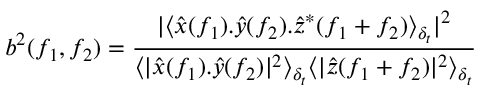
b ^ { 2 } ( f _ { 1 } , f _ { 2 } ) = \frac { | \langle \hat { x } ( f _ { 1 } ) . \hat { y } ( f _ { 2 } ) . \hat { z } ^ { * } ( f _ { 1 } + f _ { 2 } ) \rangle _ { \delta _ { t } } | ^ { 2 } } { \langle | \hat { x } ( f _ { 1 } ) . \hat { y } ( f _ { 2 } ) | ^ { 2 } \rangle _ { \delta _ { t } } \langle | \hat { z } ( f _ { 1 } + f _ { 2 } ) | ^ { 2 } \rangle _ { \delta _ { t } } }